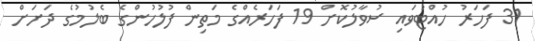
31 ފަހަރު ހުއްޓުވައި ސުވާލުކޮށް 19 ފަހަރެއްގެ މަތިން ފުލުހުންގެ ބެލުމުގެ ދަށަަށް